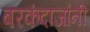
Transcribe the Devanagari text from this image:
बरकंदाजांनी